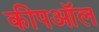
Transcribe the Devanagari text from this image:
कीपऑल